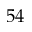
5 4